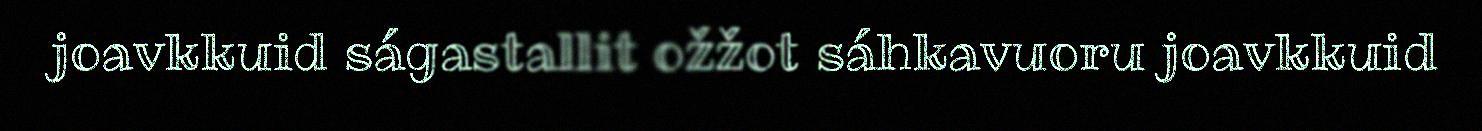
joavkkuid ságastallit ožžot sáhkavuoru joavkkuid